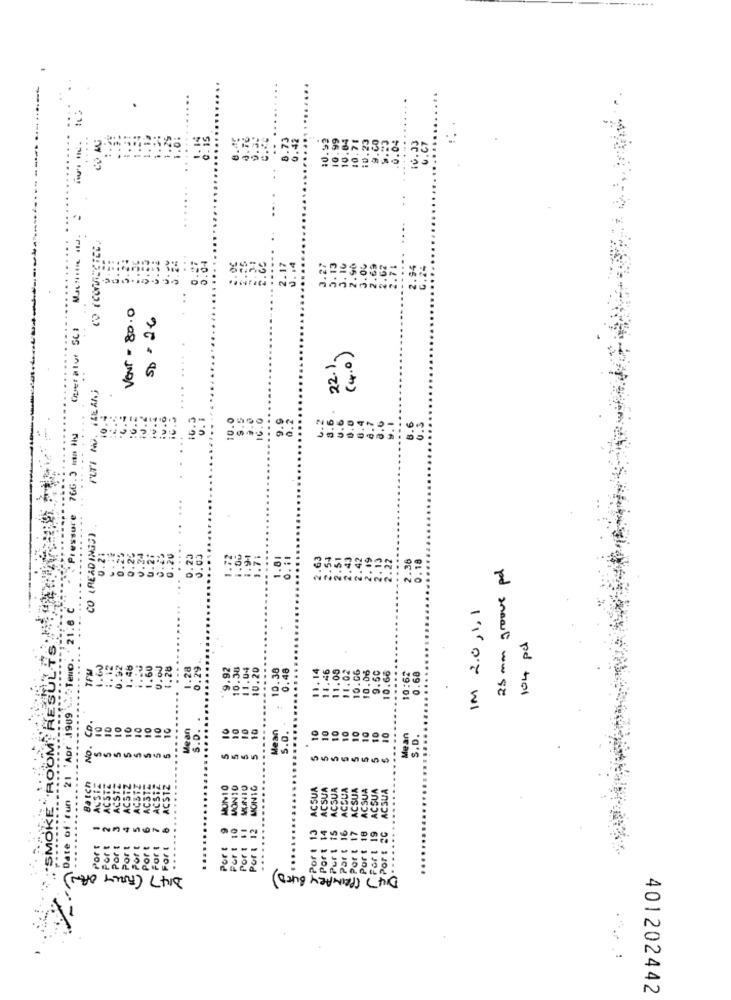
.....
.....
10.92
.99
10.64
10.75
.23
...
10.33
. 16
2.17
J . 14
27
2.13
.90
2.94
6.24
in
Vent= 80.0
SD = 26
(4.0)
22.1
U. i
10.0
16.0
16.3
9.9
U.S
CO (READINGS)
0.21
. 23
0.05
1.72
.00
1.91
1.81
2.63
2.51
3.43
.42
2.19
2.13
2.22
......
2.36
0.18
25 mm groove pd
IM 2.0, 1,1
104 pd
Teno.
1.60
1.12
0.92
0.00
.70
0.29
9.92
10.38
11.04
10.20
10.30
0.48
11.14
11.46
11.08
11.02
10.06
10.06
...
.....
9.50
10.66
10:62
0.68
1989
10
10
10
10
Mean
s.D.
.......
$ 10
10
10
lean
10
10
10
10
10
10
10
10
95
900
s.o.
.....
Mean
S.D.
NO .
OON
5
Date of fun 21
Batch
ACSI
ACS12
MON10
MON10
MENIO
ACSUA
ACSUA
ACSUA
COUA
ACSUA
ACSUA
ACSUA
ACSUA
....
"SMOK
Port 13
Fort 19
-NAT
1000
Por
For
or
Port
Part
Port
Port
Por :
Por
..
D147 ( FULLY OPEN)
D147 (PRIMARY BLED)
401202442